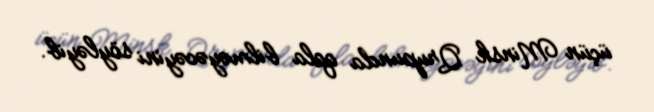
üçün Minsk Qrupunda qala bilməyəcəyini söyləyib.